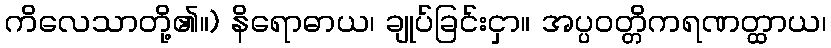
ကိလေသာတို့၏။) နိရောဓာယ၊ ချုပ်ခြင်းငှာ။ အပ္ပဝတ္တိကရဏတ္ထာယ၊